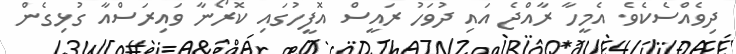
ދިވެއްސެކެވެ. އެމީހާ ރާއްޖެ އައި ދުވަހު ރައީސް އޮފީހުގައި ކޮރޯނާ ވައިރަސްއާ ގުޅިގެން